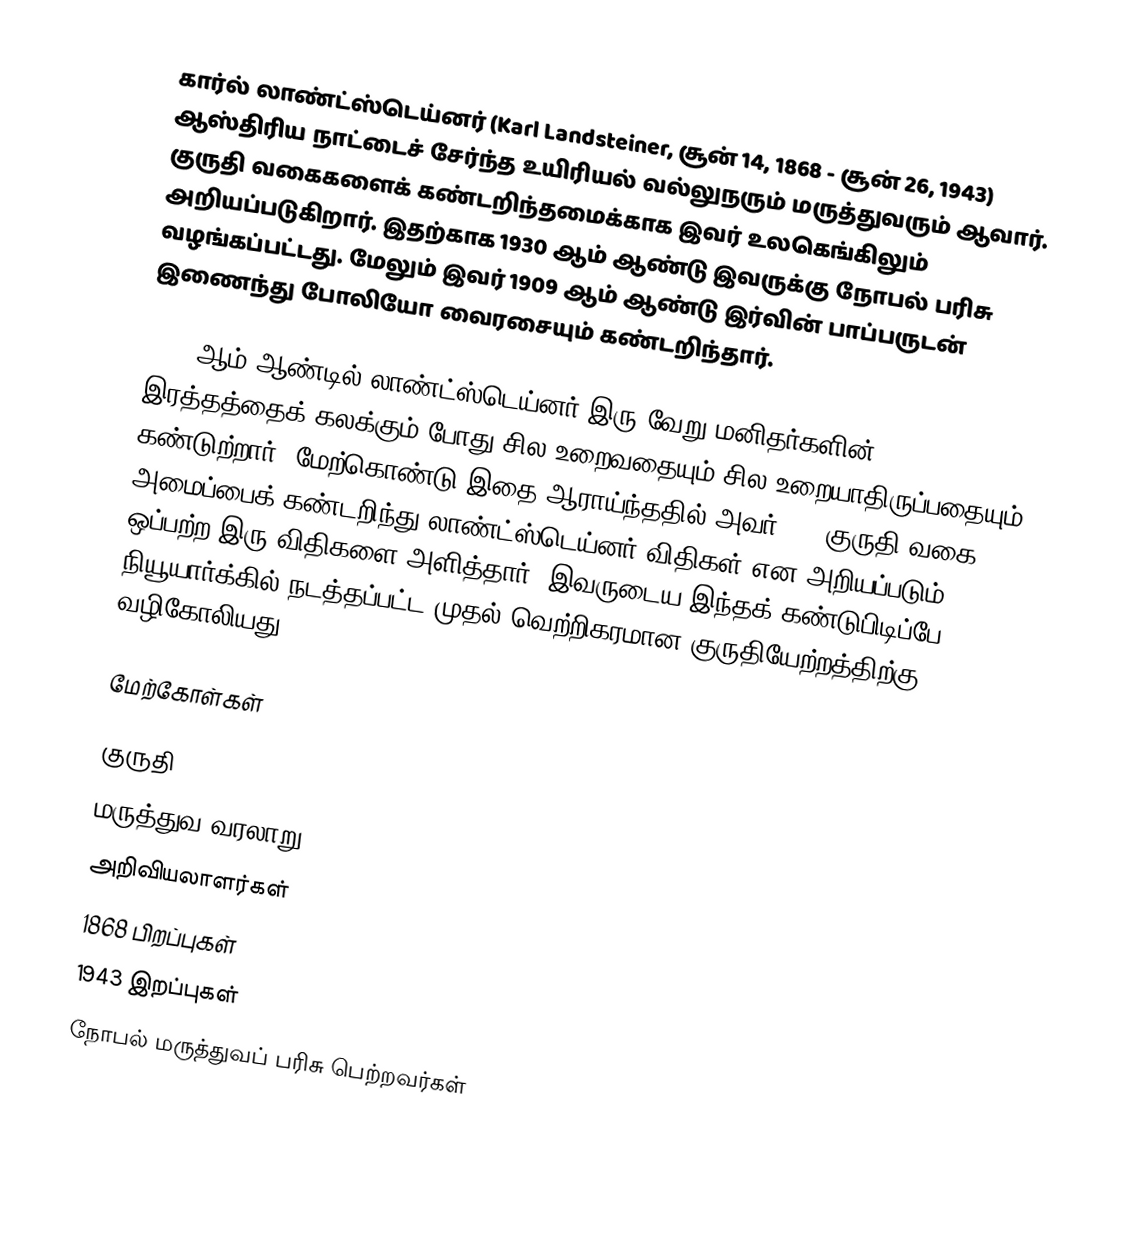
கார்ல் லாண்ட்ஸ்டெய்னர் (Karl Landsteiner, சூன் 14, 1868 - சூன் 26, 1943) ஆஸ்திரிய நாட்டைச் சேர்ந்த உயிரியல் வல்லுநரும் மருத்துவரும் ஆவார். குருதி வகைகளைக் கண்டறிந்தமைக்காக இவர் உலகெங்கிலும் அறியப்படுகிறார். இதற்காக 1930 ஆம் ஆண்டு இவருக்கு நோபல் பரிசு வழங்கப்பட்டது. மேலும் இவர் 1909 ஆம் ஆண்டு இர்வின் பாப்பருடன் இணைந்து போலியோ வைரசையும் கண்டறிந்தார்.

1900 ஆம் ஆண்டில் லாண்ட்ஸ்டெய்னர் இரு வேறு மனிதர்களின் இரத்தத்தைக் கலக்கும் போது சில உறைவதையும் சில உறையாதிருப்பதையும் கண்டுற்றார். மேற்கொண்டு இதை ஆராய்ந்ததில் அவர் ABO குருதி வகை அமைப்பைக் கண்டறிந்து லாண்ட்ஸ்டெய்னர் விதிகள் என அறியப்படும் ஒப்பற்ற இரு விதிகளை அளித்தார். இவருடைய இந்தக் கண்டுபிடிப்பே நியூயார்க்கில் நடத்தப்பட்ட முதல் வெற்றிகரமான குருதியேற்றத்திற்கு வழிகோலியது.

மேற்கோள்கள்

குருதி
மருத்துவ வரலாறு
அறிவியலாளர்கள்
1868 பிறப்புகள்
1943 இறப்புகள்
நோபல் மருத்துவப் பரிசு பெற்றவர்கள்